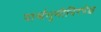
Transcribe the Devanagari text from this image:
पार्श्वभूमीनिरपेक्ष